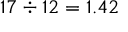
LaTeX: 1 7 \div 1 2 = 1 . 4 2